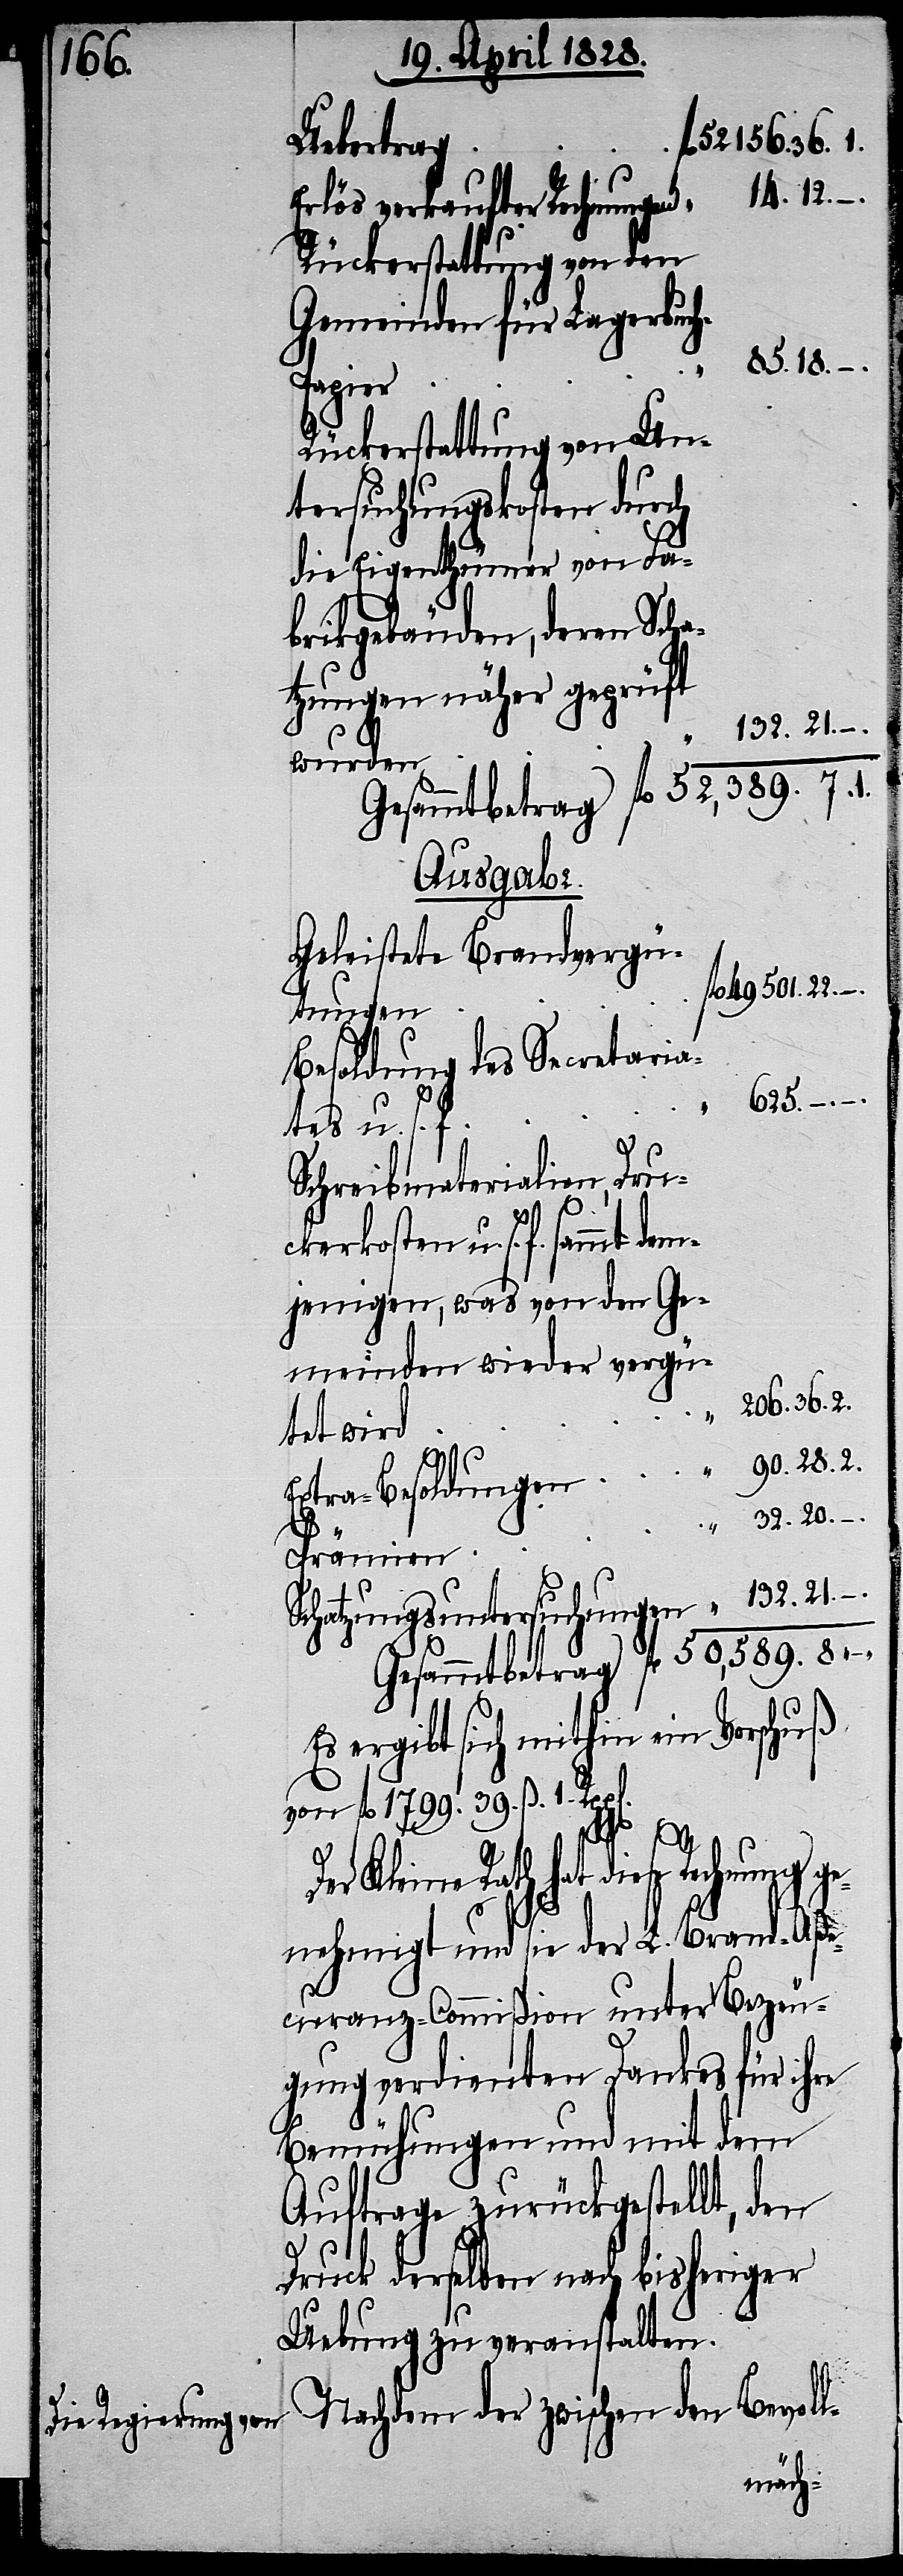
Erlös verkaufter Rechnungen
Rückerstattung von den
Gemeinden für Lagerbuc¬
Prämien
Rückerstattung von Un¬
tersuchungskosten durch
die Eigenthümer von Fa¬
brikgebäuden, deren Scha¬
tzungen näher geprüft
wurden
Ausgabe.
Geleistete Brandvergü¬
tungen
Besoldung des Secretaria¬
625.
tes u. s. f.
Schreibmaterialien, Dru¬
21.
ckerkosten u. s. f. sammt dem¬
jenigen, was von den Ge¬
meinden wieder vergü¬
–.
ge¬
tet wird.
Extra-Besoldungen
8.
–.
Schatzungsuntersuchungen
“
Es ergibt sich mithin ein Vorschuß
von fl. 1799. 39. ß. 1.
Rath hat diese Rechnung
nehmigt und sie der L. Brand-Aße¬
curanz-Commißion unter Bezeu¬
gung verdienten Dankes für ihre
Bemühungen und mit dem
Auftrage zurückgestellt, den
Druck derselben nach bisheriger
Uebung zu veranstalten.
Nachdem der zwischen den Bevoll-